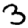
Digit: 3